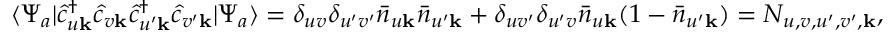
\begin{array} { r } { \langle \Psi _ { a } | \hat { c } _ { u \mathbf { k } } ^ { \dagger } \hat { c } _ { v \mathbf { k } } \hat { c } _ { u ^ { \prime } \mathbf { k } } ^ { \dagger } \hat { c } _ { v ^ { \prime } \mathbf { k } } | \Psi _ { a } \rangle = \delta _ { u v } \delta _ { u ^ { \prime } v ^ { \prime } } \bar { n } _ { u \mathbf { k } } \bar { n } _ { u ^ { \prime } \mathbf { k } } + \delta _ { u v ^ { \prime } } \delta _ { u ^ { \prime } v } \bar { n } _ { u \mathbf { k } } ( 1 - \bar { n } _ { u ^ { \prime } \mathbf { k } } ) = N _ { u , v , u ^ { \prime } , v ^ { \prime } , \mathbf { k } } , } \end{array}